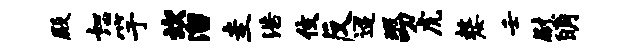
殿恕竽坎溜圭浩伎反迢瑕叨虎嫠壬慰明